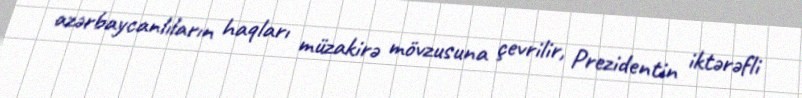
azərbaycanlıların haqları müzakirə mövzusuna çevrilir, Prezidentin iktərəfli